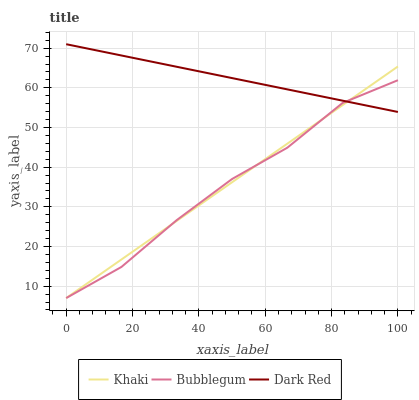
| xaxis_label | Khaki | Bubblegum | Dark Red |
 | --- | --- | --- | --- |
 | 0 | 7 | 7 | 71 |
 | 16.7 | 16.7 | 14.9 | 68.2 |
 | 33.3 | 26.5 | 26.7 | 65.3 |
 | 50 | 36.2 | 37 | 62.5 |
 | 66.7 | 45.9 | 44.9 | 59.6 |
 | 83.3 | 55.7 | 56.2 | 56.8 |
 | 100 | 65.4 | 61.9 | 53.9 |